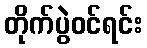
တိုက်ပွဲဝင်ရင်း